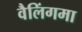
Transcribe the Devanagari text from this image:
वैलिंगमा